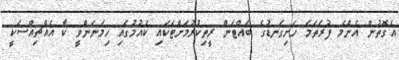
އެގޮތުން އެންމެ ފުރަތަމަ ހަށިގަނޑުގެ ބައްޓަން ރީތިކުރުމަށްޓަކައި ކެއުމުގައި ހިމަނަންވީ ކާ އެއްޗިއްސަކީ